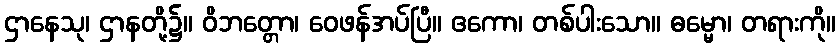
ဌာနေသု၊ ဌာနတို့၌။ ဝိဘတ္တော၊ ဝေဖန်အပ်ပြီ။ ဧကော၊ တစ်ပါးသော။ ဓမ္မော၊ တရားကို။